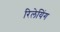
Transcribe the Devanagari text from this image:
रिलेयिंग